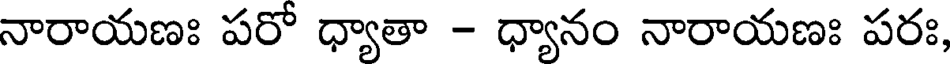
నారాయణః పరో ధ్యాతా - ధ్యానం నారాయణః పరః,